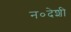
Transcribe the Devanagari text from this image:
न०देशी